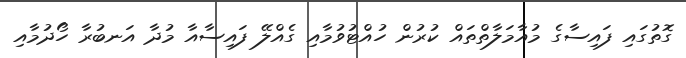
ގޮތުގައި ފައިސާގެ މުއާމަލާތްތައް ކުރުން ހުއްޓުވުމާއި ގެއްލޭ ފައިސާއާ މުދާ އަނބުރާ ހޯދުމާއި